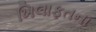
ખિલાફતના